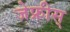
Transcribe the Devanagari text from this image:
जेफ्रीस्